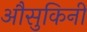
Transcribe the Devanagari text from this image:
औसुकिनी